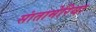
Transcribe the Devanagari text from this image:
सांतामेरिया